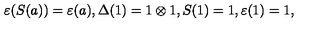
\varepsilon ( S ( a ) ) = \varepsilon ( a ) , \Delta ( 1 ) = 1 \otimes 1 , S ( 1 ) = 1 , \varepsilon ( 1 ) = 1 ,